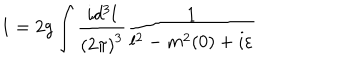
LaTeX: 1 = 2 g \int \frac { i d ^ { 3 } l } { { ( 2 \pi ) } ^ { 3 } } \frac { 1 } { l ^ { 2 } - m ^ { 2 } ( 0 ) + i \varepsilon }